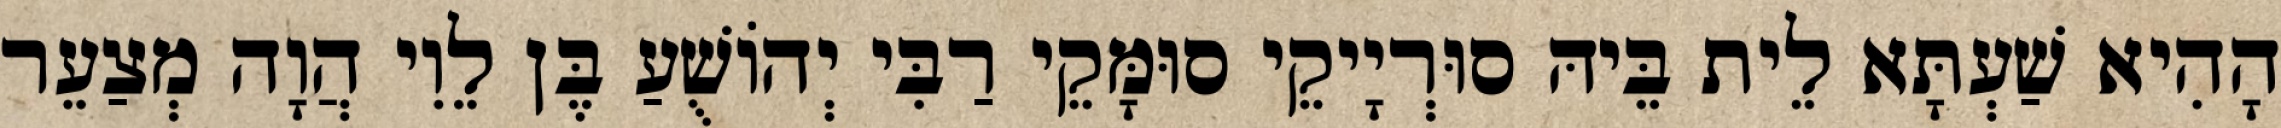
הָהִיא שַׁעְתָּא לֵית בֵּיהּ סוּרְיָיקֵי סוּמָּקֵי רַבִּי יְהוֹשֻׁעַ בֶּן לֵוִי הֲוָה מְצַעֵר